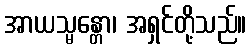
အာယသ္မန္တော၊ အရှင်တို့သည်။